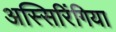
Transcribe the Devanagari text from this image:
अस्सिरिंगिया